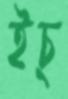
ইচ্